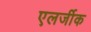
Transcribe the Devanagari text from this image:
एलर्जीक